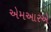
એમઆરએ